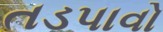
તડપાવો